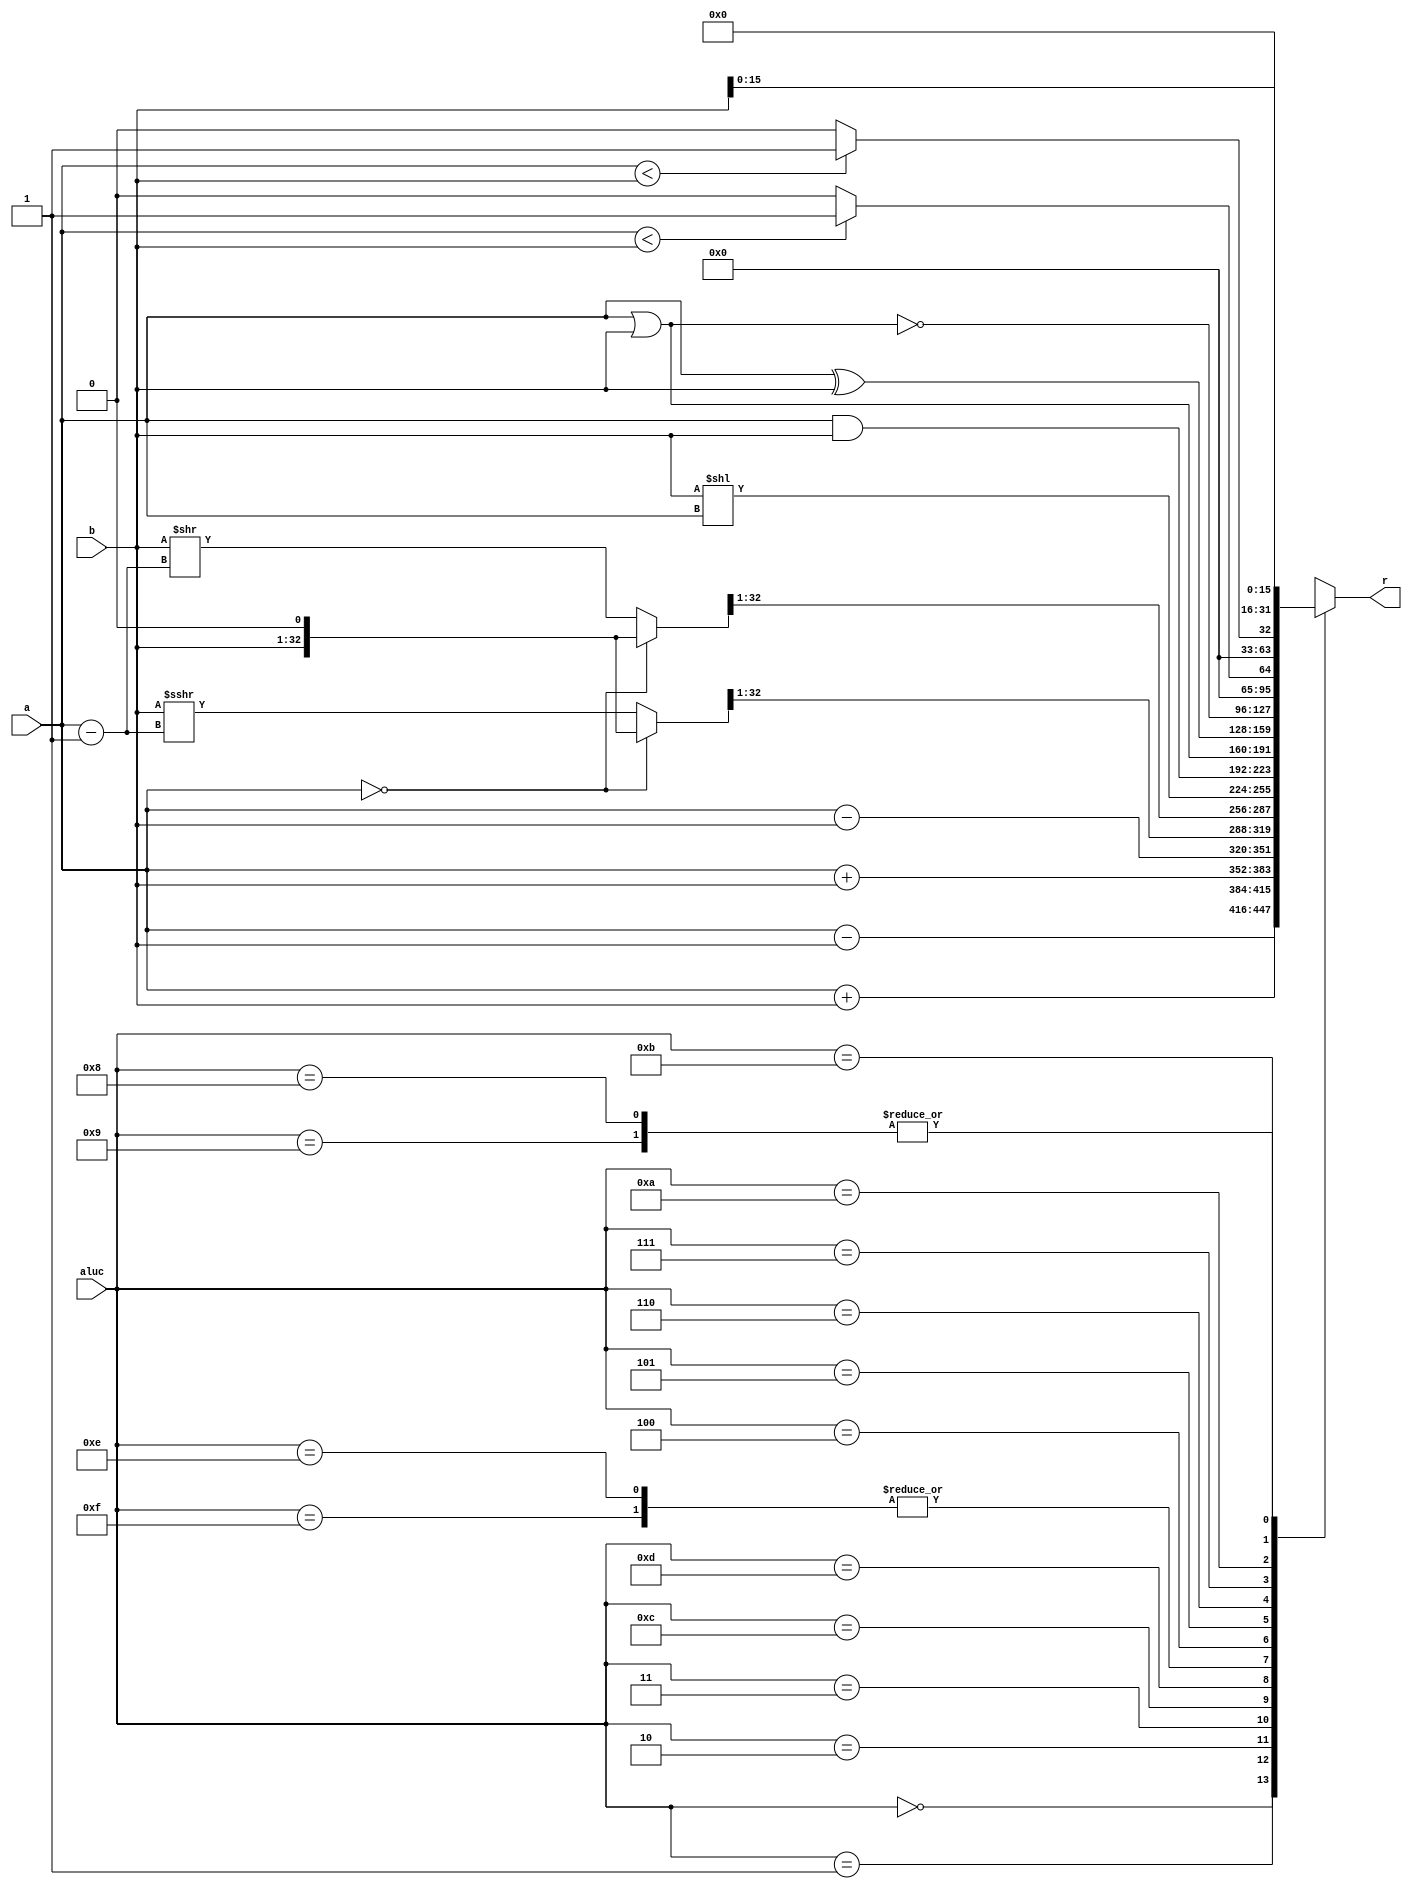
`timescale 1ns / 1ps
module alu(
    input [31:0] a,   
    input [31:0] b,   
    input [3:0] aluc,   
    output [31:0] r 
    //ov,carry,zero,ng
    );        
    
    parameter Addu   =    4'b0000;    //r=a+b unsigned
    parameter Add    =    4'b0010;    //r=a+b signed
    parameter Subu   =    4'b0001;    //r=a-b unsigned
    parameter Sub    =    4'b0011;    //r=a-b signed
    parameter And    =    4'b0100;    //r=a&b
    parameter Or     =    4'b0101;    //r=a|b
    parameter Xor    =    4'b0110;    //r=a^b
    parameter Nor    =    4'b0111;    //r=~(a|b)
    parameter Lui1   =    4'b1000;    //r={b[15:0],16'b0}
    parameter Lui2   =    4'b1001;    //r={b[15:0],16'b0}
    parameter Slt    =    4'b1011;    //r=(a-b<0)?1:0 signed
    parameter Sltu   =    4'b1010;    //r=(a-b<0)?1:0 unsigned
    parameter Sra    =    4'b1100;    //r=b>>>a 
    parameter Sll    =    4'b1110;    //r=b<<a
    parameter Srl    =    4'b1101;    //r=b>>a
    parameter Slr    =    4'b1111;    //r=b<<a
    
    parameter bits=31;
    parameter ENABLE=1,DISABLE=0;
    
    reg signed [32:0] result;
    reg [33:0] sresult;
    wire signed [31:0] sa=a,sb=b;
    always@(*)begin
        case(aluc)
            Addu: begin
                result=a+b;
                sresult={sa[31],sa}+{sb[31],sb};
            end
            Subu: begin
                result=a-b;
                sresult={sa[31],sa}-{sb[31],sb};
            end
            Add: begin
                result=sa+sb;
            end
            Sub: begin
                result=sa-sb;
            end
            Sra: begin
                if(a==0) {result[31:0],result[32]}={b,1'b0};
                else {result[31:0],result[32]}=sb>>>(a-1);
            end
            Srl: begin
                if(a==0) {result[31:0],result[32]}={b,1'b0};
                else {result[31:0],result[32]}=b>>(a-1);
            end
            Sll,Slr: begin
                result=b<<a;
            end
            And: begin
                result=a&b;
            end
            Or: begin
                result=a|b;
            end
            Xor: begin
                result=a^b;
            end
            Nor: begin
                result=~(a|b);
            end
            Sltu: begin
                result=a<b?1:0;
            end
            Slt: begin
                result=sa<sb?1:0;
            end
            Lui1,Lui2: result = {b[15:0], 16'b0};
            default:
                result=a+b;
        endcase
    end
    assign r=result[31:0];
endmodule